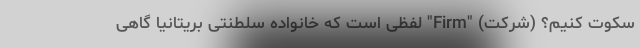
سکوت کنیم؟ (شرکت) "Firm" لفظی است که خانواده سلطنتی بریتانیا گاهی